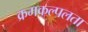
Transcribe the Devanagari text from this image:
क्रमकल्पलता